Indian Civil Veterinary Department memoirs
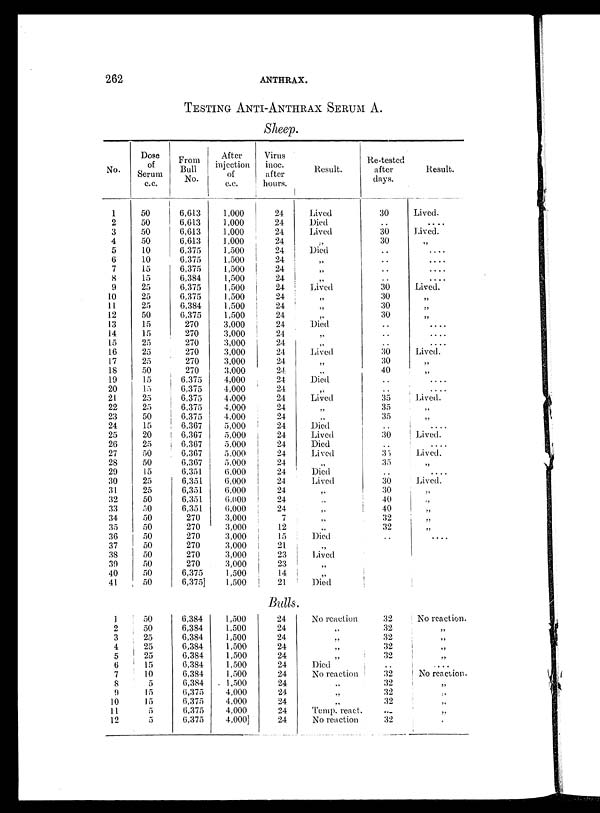
262
ANTHRAX.
TESTING ANTI-ANTHRAX SERUM A .
Sheep.
No.
1
2
3
4
5
6
7
8
9
10
11
12
13
14
15
16
17
18
19
20
21
22
23
24
25
26
27
28
29
30
31
32
33
34
35
36
37
38
39
40
41
1
2
3
4
5
6
7
8
9
10
11
12
Dose
of
Serum
c.c.
50
50
50
50
10
10
15
15
25
25
25
50
15
15
25
25
25
50
15
15
25
25
50
15
20
25
50
50
15
25
25
50
50
50
50
50
50
50
50
50
50
50
50
25
25
25
15
10
5
15
15
5
5
From
Bull
No.
6,613
6,613
6,613
6,613
6,375
6,375
6,375
6,384
6,375
6,375
6,384
6,375
270
270
270
270
270
270
6,375
6,375
6,375
6,375
6,375
6,367
6,367
6,367
6,367
6,367
6,351
6,351
6,351
6,351
6,351
270
270
270
270
270
270
6,375
6,375
6,384
6,384
6,384
6,384
6,384
6,384
6,384
6,384
6,375
6,375
6,375
6,375
After
injection
of
c.c.
1,000
1,000
1,000
1,000
1,500
1,500
1,500
1,500
1,500
1,500
1,500
1,500
3,000
3,000
3,000
3,000
3,000
3,000
4,000
4,000
4,000
4,000
4,000
5,000
5,000
5,000
5,000
5,000
6,000
6,000
6,000
6,000
6,000
3,000
3,000
3,000
3,000
3,000
3,000
1,500
1,500
1,500
1,500
1,500
1,500
1,500
1,500
1,500
1,500
4,000
4,000
4,000
4,000]
Virus
inoc.
after
hours.
24
24
24
24
24
24
24
24
24
24
24
24
24
24
24
24
24
24
24
24
24
24
24
24
24
24
24
24
24
24
24
24
24
7
12
15
21
23
23
14
21
Bulls
24
24
24
24
24
24
24
24
24
24
24
24
Result.
Lived
Died
Lived
„
Died
„
„
„
Lived
„
„
„
Died
„
„
Lived
„
„
Died
„
Lived
„
„
Died
Lived
Died
Lived
„
Died
Lived
„
„
„
„
„
Died
„
Lived
„
„
Died
No reaction
„
„
„
„
Died
No reaction
„
„
„
Temp, react.
No reaction
Re-tested
after
days.
30
..
30
30
..
..
..
..
30
30
30
30
..
..
..
30 30
40
..
..
35
35
35
..
30
35
35
..
30
30
40
40
32
32
..
32
32
32
32
32
..
32
32
32
32
32
32
Result.
Lived.
....
Lived.
„
....
....
....
....
Lived.
„
„
„
....
....
.....
Lived.
„
„
....
.....
Lived.
„
„
.....
Lived.
.....
Lived.
„
„
Lived.
„
„
„
„
„
.....
No reaction.
„
„
„
„
.....
No reaction.
„
„
„
„
„